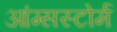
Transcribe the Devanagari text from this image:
आंग्सस्टोर्म